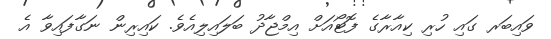
ވައިބަރ ގައި ހުރި ކިއާރާގެ ފޮޓޯއަށް އިމްޖާދު ބަލައިލިއެވެ. ކައިރިން ނަގާފައިވާ އެ